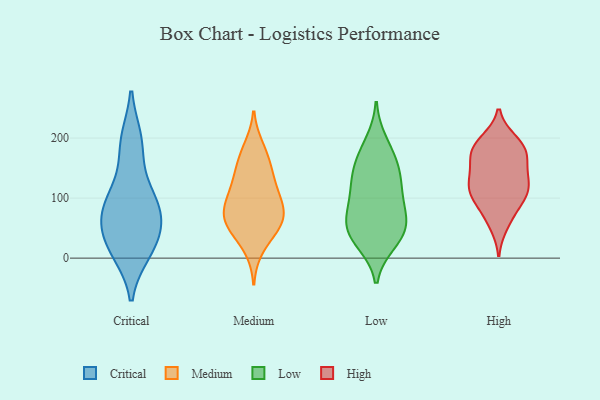
{"axis": {"x": "Bounce Rate (%)", "y": "Value"}, "legend": ["Critical", "High", "Low", "Medium"], "data": [{"x": "", "y": 87, "type": "Critical"}, {"x": "", "y": 123, "type": "Critical"}, {"x": "", "y": 49, "type": "Critical"}, {"x": "", "y": 13, "type": "Critical"}, {"x": "", "y": 93, "type": "Critical"}, {"x": "", "y": 191, "type": "Critical"}, {"x": "", "y": 11, "type": "Critical"}, {"x": "", "y": 196, "type": "Critical"}, {"x": "", "y": 67, "type": "Critical"}, {"x": "", "y": 26, "type": "Critical"}, {"x": "", "y": 73, "type": "Critical"}, {"x": "", "y": 137, "type": "Medium"}, {"x": "", "y": 52, "type": "Medium"}, {"x": "", "y": 126, "type": "Medium"}, {"x": "", "y": 172, "type": "Medium"}, {"x": "", "y": 65, "type": "Medium"}, {"x": "", "y": 50, "type": "Medium"}, {"x": "", "y": 16, "type": "Medium"}, {"x": "", "y": 82, "type": "Medium"}, {"x": "", "y": 54, "type": "Medium"}, {"x": "", "y": 87, "type": "Medium"}, {"x": "", "y": 69, "type": "Medium"}, {"x": "", "y": 107, "type": "Medium"}, {"x": "", "y": 184, "type": "Medium"}, {"x": "", "y": 150, "type": "Medium"}, {"x": "", "y": 97, "type": "Medium"}, {"x": "", "y": 62, "type": "Low"}, {"x": "", "y": 106, "type": "Low"}, {"x": "", "y": 194, "type": "Low"}, {"x": "", "y": 25, "type": "Low"}, {"x": "", "y": 140, "type": "Low"}, {"x": "", "y": 149, "type": "Low"}, {"x": "", "y": 107, "type": "Low"}, {"x": "", "y": 25, "type": "Low"}, {"x": "", "y": 155, "type": "Low"}, {"x": "", "y": 43, "type": "Low"}, {"x": "", "y": 52, "type": "Low"}, {"x": "", "y": 82, "type": "Low"}, {"x": "", "y": 67, "type": "Low"}, {"x": "", "y": 176, "type": "Low"}, {"x": "", "y": 48, "type": "Low"}, {"x": "", "y": 120, "type": "Low"}, {"x": "", "y": 176, "type": "High"}, {"x": "", "y": 67, "type": "High"}, {"x": "", "y": 195, "type": "High"}, {"x": "", "y": 196, "type": "High"}, {"x": "", "y": 172, "type": "High"}, {"x": "", "y": 114, "type": "High"}, {"x": "", "y": 175, "type": "High"}, {"x": "", "y": 146, "type": "High"}, {"x": "", "y": 55, "type": "High"}, {"x": "", "y": 104, "type": "High"}, {"x": "", "y": 187, "type": "High"}, {"x": "", "y": 163, "type": "High"}, {"x": "", "y": 126, "type": "High"}, {"x": "", "y": 90, "type": "High"}, {"x": "", "y": 130, "type": "High"}, {"x": "", "y": 133, "type": "High"}, {"x": "", "y": 107, "type": "High"}, {"x": "", "y": 103, "type": "High"}]}